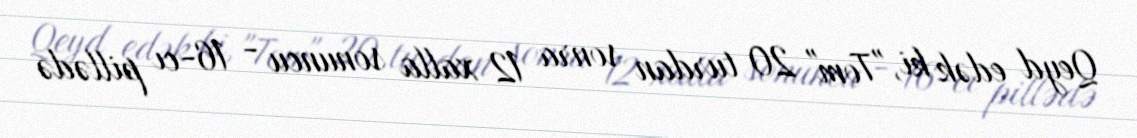
Qeyd edək ki, "Tom" 20 turdan sonra 12 xalla sonuncu - 16-cı pillədə